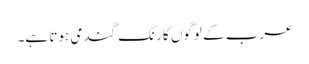
عرب کے لوگوں کا رنگ گندمی ہوتا ہے۔